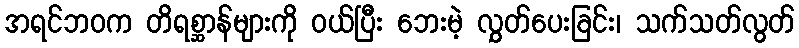
အရင်ဘဝက တိရစ္ဆာန်များကို ဝယ်ပြီး ဘေးမဲ့ လွှတ်ပေးခြင်း၊ သက်သတ်လွတ်